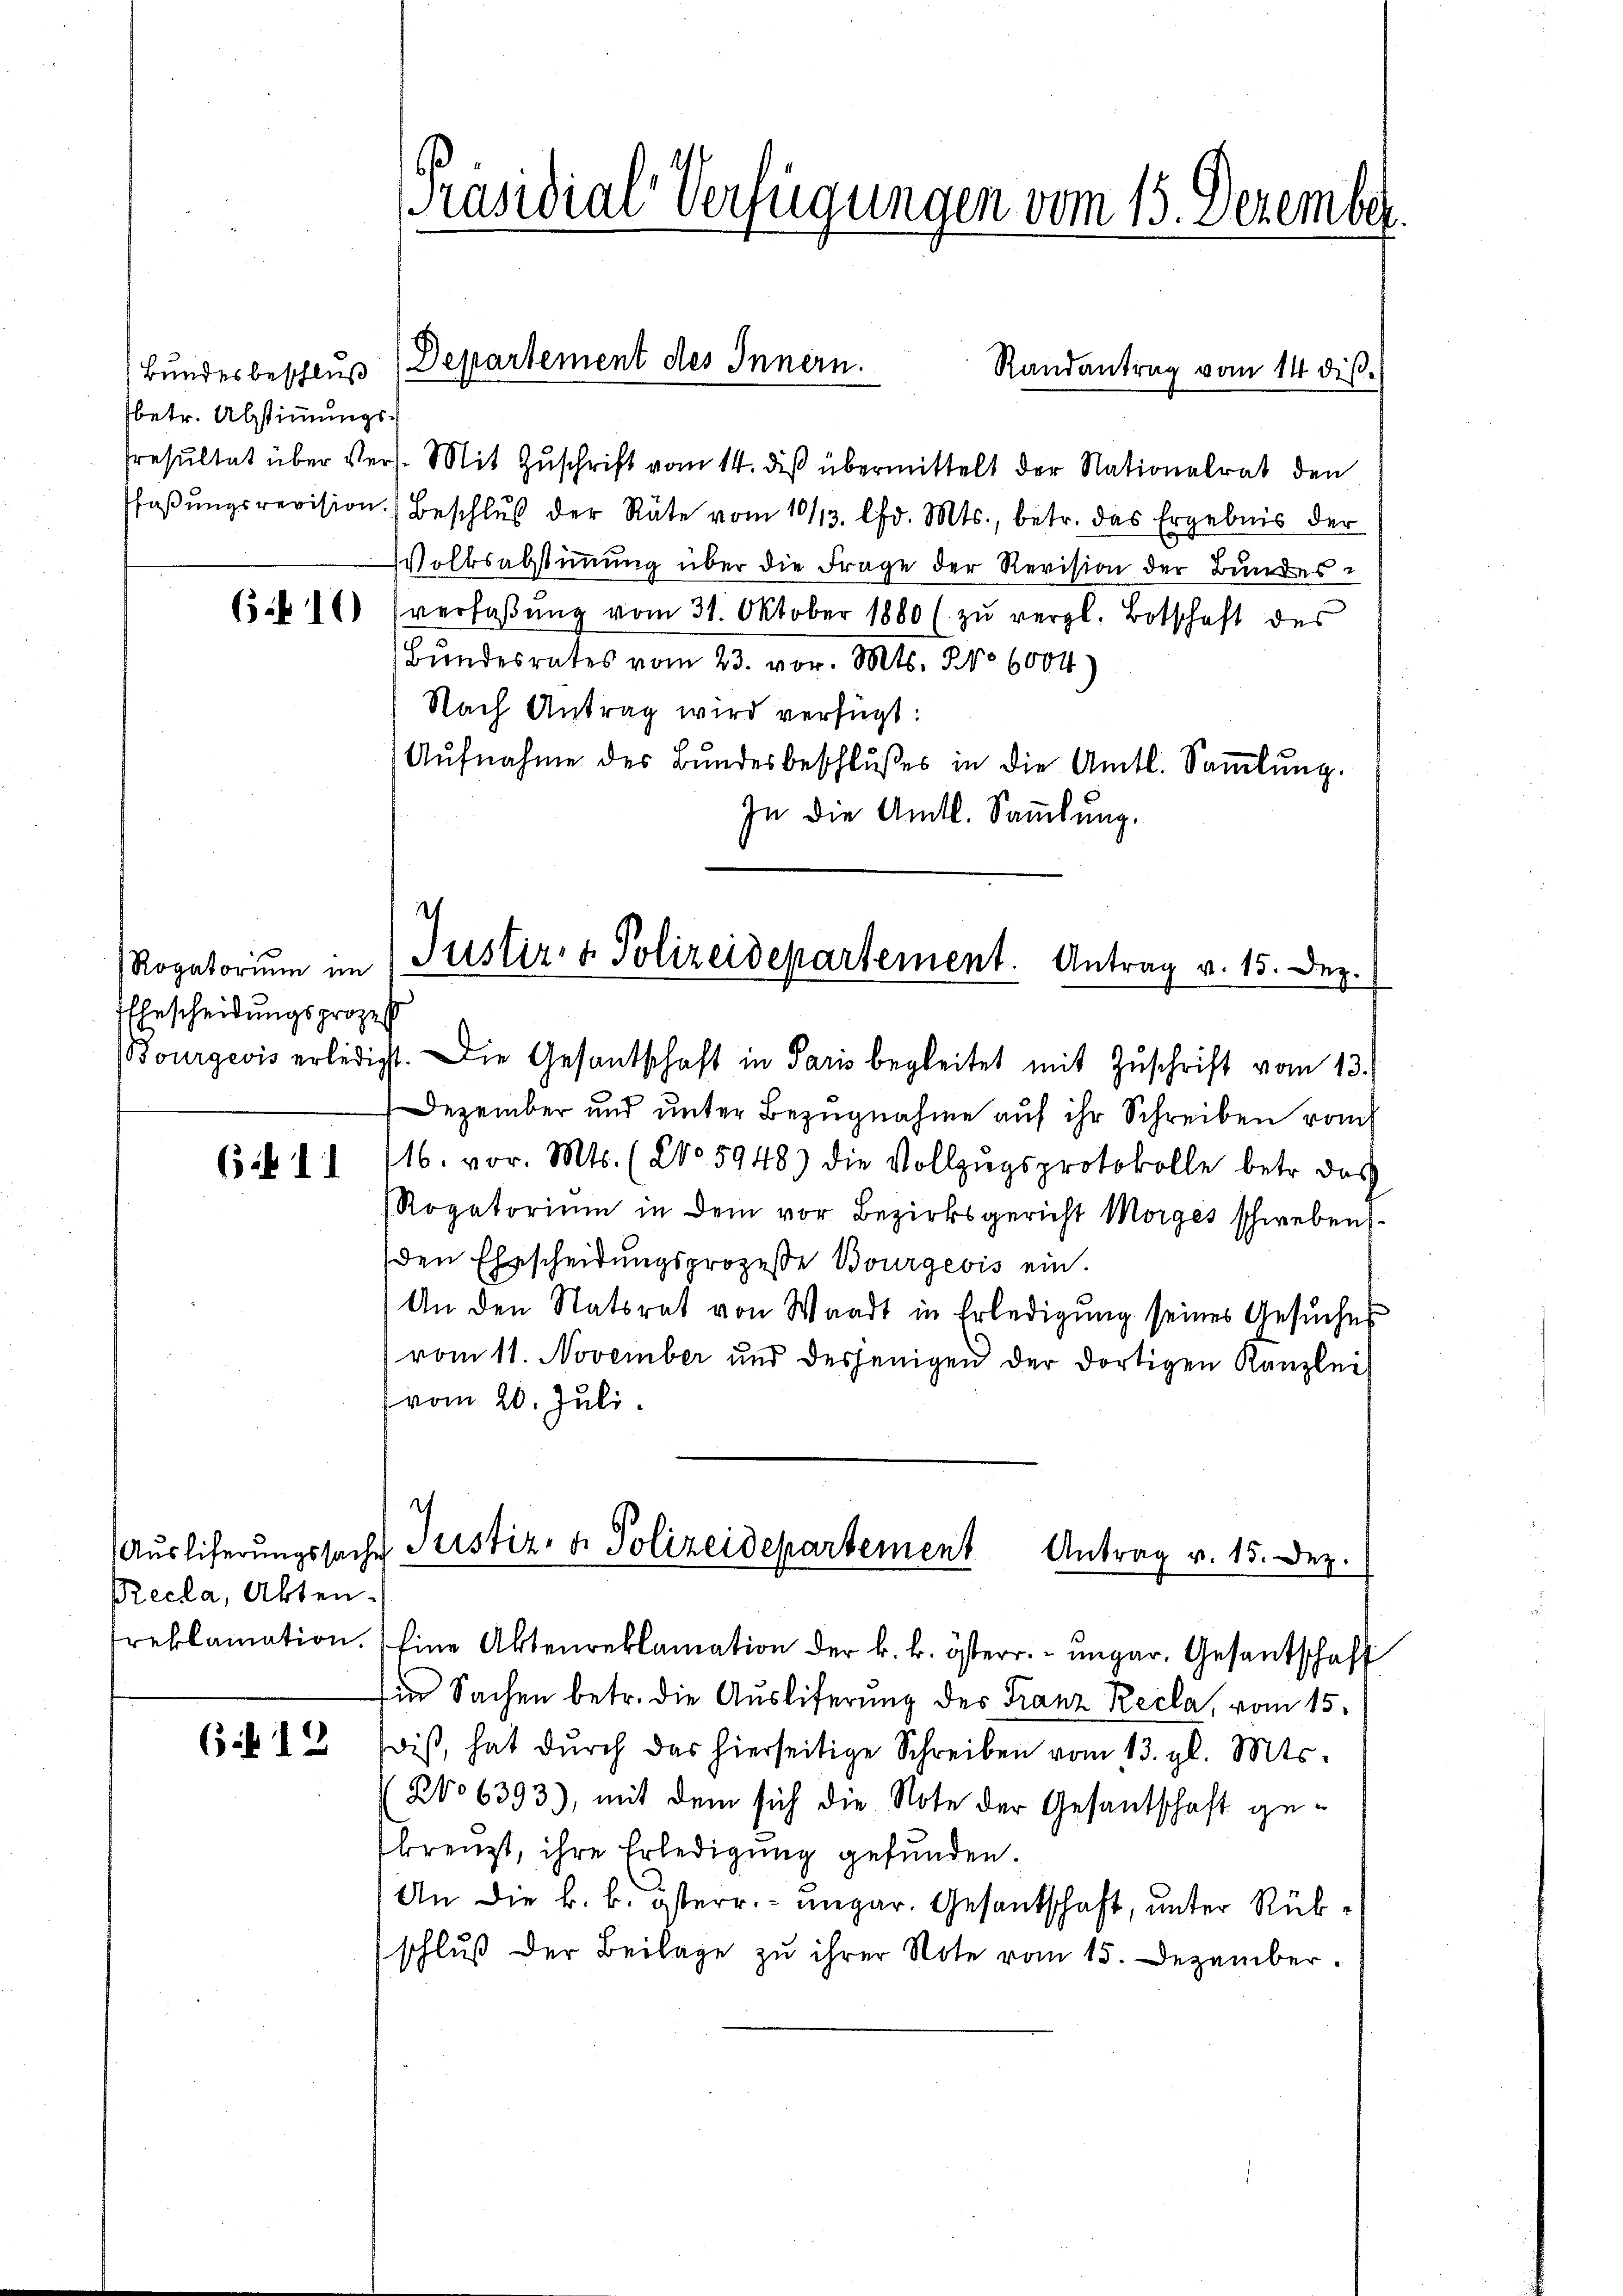
Bundesbeschluß
betr. Abstimmungs-

65. 10

Rogatorium im
Ehescheidungsproze
Bourgeois erledi

6f 11

Precla, Akten.
reklamation.

6 f 12

[Präsidial-Verfügungen vom 15. Dezemb

Departement des Innern.
Randantrag vom 14 diß.

sresultat über Vers. Mit Zuschrift vom 14. dieß übermittelt der Nationalrat den
faβŭngsrevision. Beschlŭs der Räte vom 10/13. lfd. Mts., betr. das Ergebnis der
Wolksabstimmung über die Frage der Revision der Bundes-
verfaßung vom 31. Oktober 1880 ( zŭ vergl. Botschaft des
Bŭndesrates vom 23. vor. Mts. 3. No 6004)
Nach Antrag wird verfügt:
Aŭfnahme des Bundesbeschlußes in die Amtl. Saṁlŭng.
In die Amtl. Sammlung.
s
st. Die Gesandschaft in Paris begleitet mit Zŭschrift vom 13.
Dezember und unter Bezugnahme auf ihr Schreiben romt
116. vor. Mts. (2o 5948) die Vollzŭgsprotokolle betr. das
Rogatorium in dem vor Bezirksgericht Morges schweben
den Ehescheidungsprozeße Bourgeois ein.
An den Statsrat von Waadt in Erledigung seines Gesuches
vom 11. November und desjenigen der dortigen Kanzlei
vom 20. Juli.
Auslieferungssache Justiz- & Polizeidepartement
Antrag v. 15. Dez.
Eine Aktenreklamation der k. k. österr. ungar. Gesantschaft
Ein Sachen betr. die Auslieferung des Franz Recla, vom 15.
wis, hat dŭrch das hierseitige Schreiben vom 13. gl. Mts.
206393), mit dem sich die Note der Gesantschaft gebrenzt, ihre Erledigung gefunden.
An die k. k. österr. ungar. Gesantschaft, unter Rükschluß der Beilage zu ihrer Note vom 15. Dezember.

Justiz- & Polizeidepartement. Antrag v. 15. Dez.